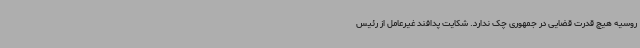
روسیه هیچ قدرت قضایی در جمهوری چک ندارد. شکایت پدافند غیرعامل از رئیس